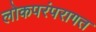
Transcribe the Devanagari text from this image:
लोकपरंपरागत